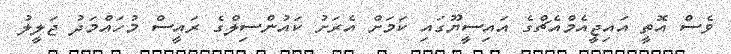
ވެސް އޮތީ އައިޖީއެމްއެޗްގެ އައިސީޔޫގައި ކަމަށް އެރަށު ކައުންސިލްގެ ރައީސް މުހައްމަދު ޖަލީލު